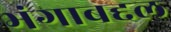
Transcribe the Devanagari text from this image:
भंगाबद्दल